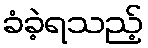
ခံခဲ့ရသည့်